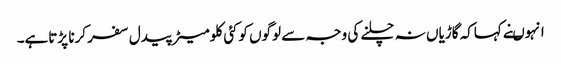
انہوںنے کہاکہ گاڑیاں نہ چلنے کی وجہ سے لوگوں کوکئی کلومیٹر پیدل سفر کرنا پڑتاہے۔